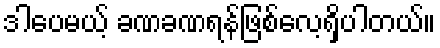
ဒါပေမယ့် ခဏခဏရန်ဖြစ်လေ့ရှိပါတယ်။